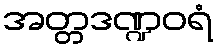
အတ္တဒဏ္ဍဝရံ